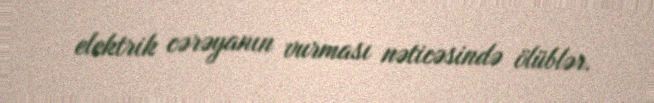
elektrik cərəyanın vurması nəticəsində ölüblər.